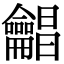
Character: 𪛋